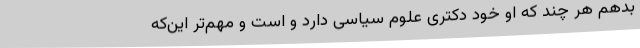
بدهم هر چند که او خود دکتری علوم سیاسی دارد و است و مهم‌تر این‌که